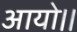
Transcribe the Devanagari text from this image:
आयो।।